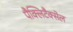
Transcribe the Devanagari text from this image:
पैक्लिटैक्सेल